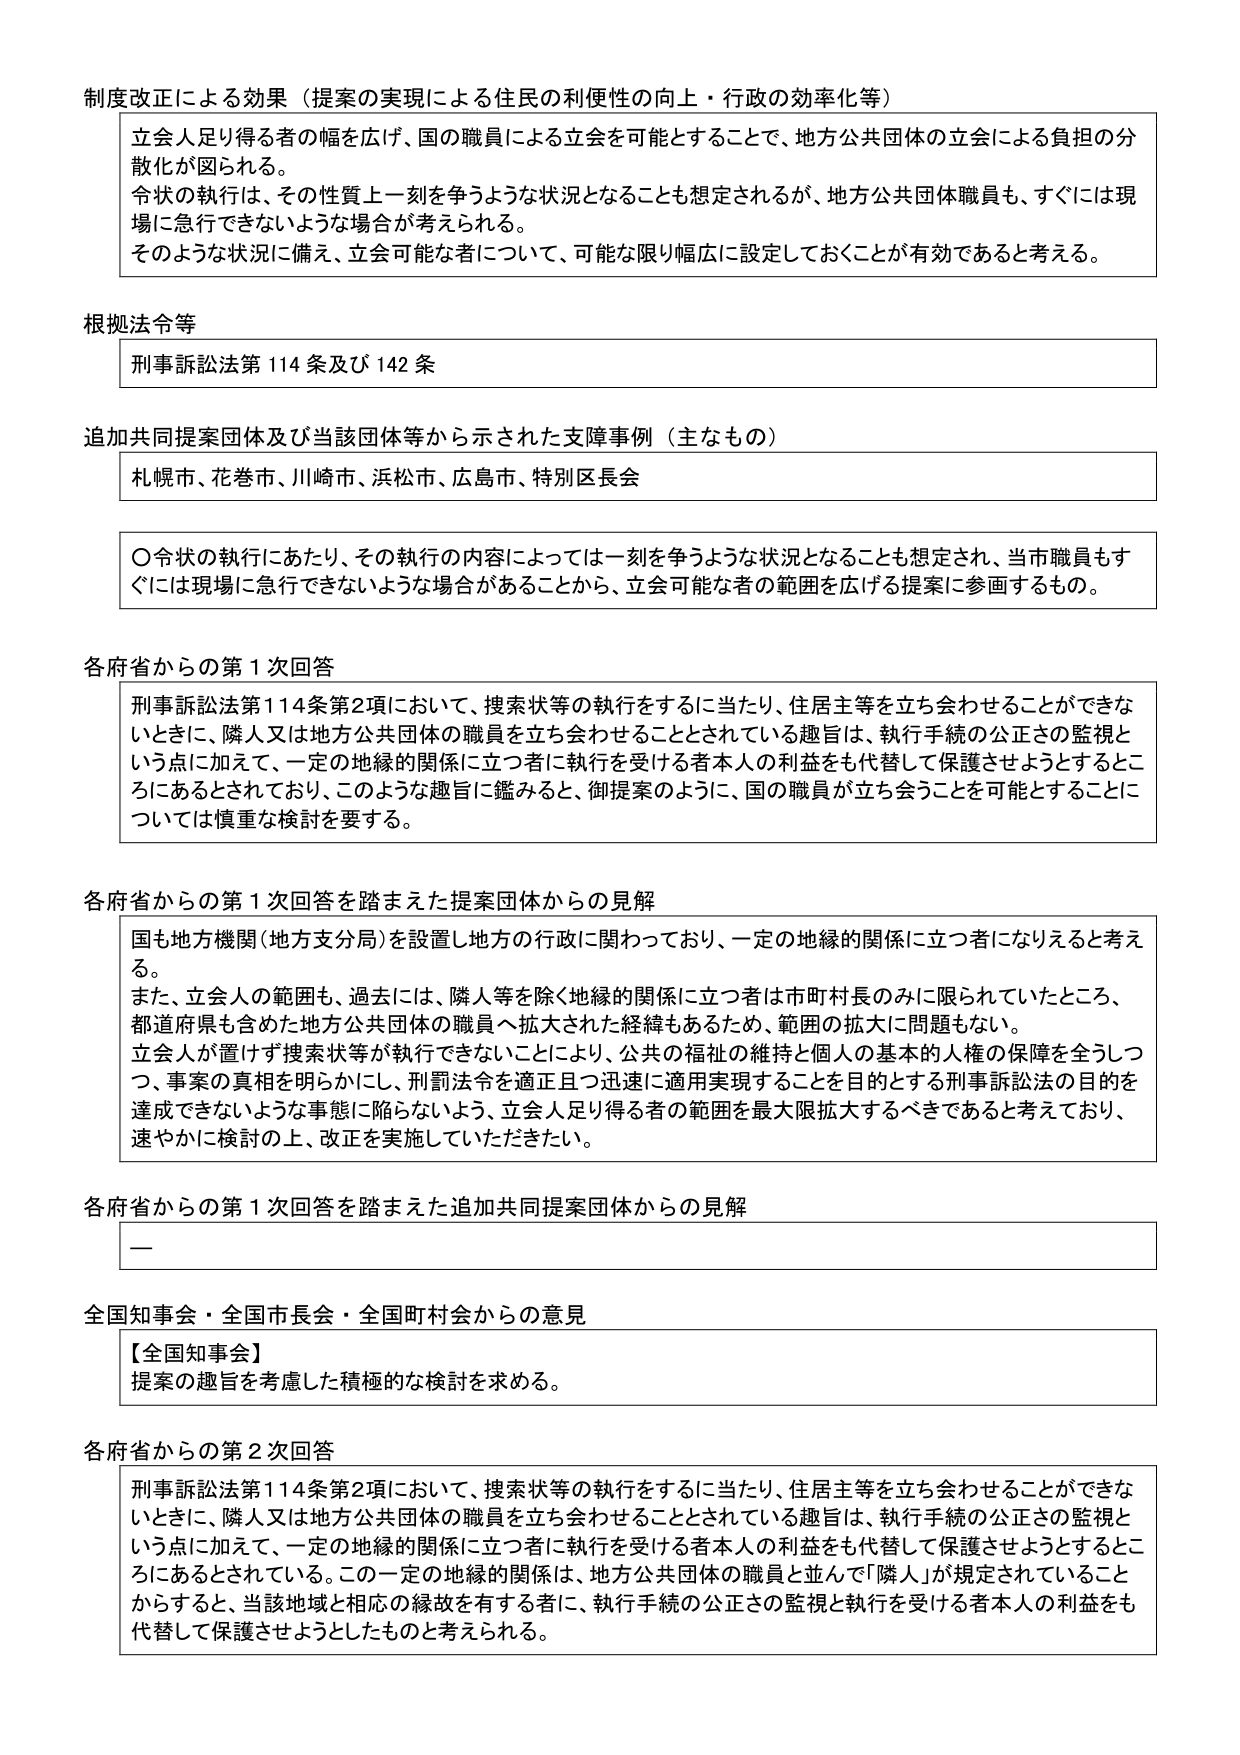
制度改正による効果（提案の実現による住民の利便性の向上・行政の効率化等）

立会人足り得る者の幅を広げ、国の職員による立会を可能とすることで、地方公共団体の立会による負担の分散化が図られる。
令状の執行は、その性質上一刻を争うような状況となることも想定されるが、地方公共団体職員も、すぐには現場に急行できないような場合が考えられる。
そのような状況に備え、立会可能な者について、可能な限り幅広に設定しておくことが有効であると考える。

根拠法令等

刑事訴訟法第114条及び142条

追加共同提案団体及び当該団体等から示された支援事例（主なもの）

札幌市、花巻市、川崎市、浜松市、広島市、特別区長会

〇令状の執行にあたり、その執行の内容によっては一刻を争うような状況となることも想定され、当市職員もすぐには現場に急行できないような場合があることから、立会可能な者の範囲を広げる提案に参画するもの。

各府省からの第1次回答

刑事訴訟法第114条第2項において、捜索状等の執行をするに当たり、住居主等を立ち会わせることができないときに、隣人又は地方公共団体の職員を立ち会わせることとされている趣旨は、執行手続の公正さの監視という点に加えて、一定の地縁的関係に立つ者に執行を受ける者本人の利益をも代替して保護させようとするところにあるとされており、このような趣旨に鑑みると、御提案のように、国の職員が立ち会うことを可能とすることについては慎重な検討を要する。

各府省からの第1次回答を踏まえた提案団体からの見解

国も地方機関（地方支分局）を設置し地方の行政に関わっており、一定の地縁的関係に立つ者になりえると考える。
また、立会人の範囲も、過去には、隣人等を除く地縁的関係に立つ者は市町村長のみに限られていたところ、都道府県も含めた地方公共団体の職員へ拡大された経緯もあるため、範囲の拡大に問題もない。
立会人が置けず捜索状等が執行できないことにより、公共の福祉の維持と個人の基本的人権の保障を全うしつつ、事案の真相を明らかにし、刑罰法令を適正且つ迅速に適用実現することを目的とする刑事訴訟法の目的を達成できないような事態に陥らないよう、立会人足り得る者の範囲を最大限拡大するべきであると考えており、速やかに検討の上、改正を実施していただきたい。

各府省からの第1次回答を踏まえた追加共同提案団体からの見解

—

全国知事会・全国市長会・全国町村会からの意見

【全国知事会】
提案の趣旨を考慮した積極的な検討を求める。

各府省からの第2次回答

刑事訴訟法第114条第2項において、捜索状等の執行をするに当たり、住居主等を立ち会わせることができないときに、隣人又は地方公共団体の職員を立ち会わせることとされている趣旨は、執行手続の公正さの監視という点に加えて、一定の地縁的関係に立つ者に執行を受ける者本人の利益をも代替して保護させようとするところにあるとされている。この一定の地縁的関係は、地方公共団体の職員と並んで「隣人」が規定されていることからすると、当該地域と相応の縁故を有する者に、執行手続の公正さの監視と執行を受ける者本人の利益をも代替して保護させようとしたものと考えられる。